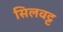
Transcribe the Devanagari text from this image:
सिलवट्ट